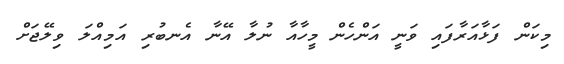
މިކަން ފަޅާއަރާފައި ވަނީ އަންހެން މީހާއާ ނުލާ އޭނާ އެނބުރި އަމިއްލަ ވިލޭޖަށް